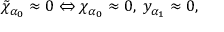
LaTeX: \tilde { \chi } _ { \alpha _ { 0 } } \approx 0 \Leftrightarrow \chi _ { \alpha _ { 0 } } \approx 0 , \; y _ { \alpha _ { 1 } } \approx 0 ,